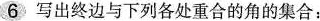
6 写出终边与下列各处重合的角的集合：